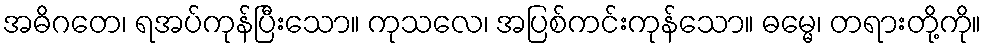
အဓိဂတေ၊ ရအပ်ကုန်ပြီးသော။ ကုသလေ၊ အပြစ်ကင်းကုန်သော။ ဓမ္မေ၊ တရားတို့ကို။